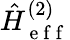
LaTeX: \hat{H}_{\mathrm{~e~f~f~}}^{(2)}